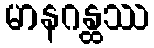
မာနဂန္ထဿ